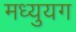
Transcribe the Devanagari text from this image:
मध्युयग